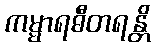
ကမ္မာရဓီတရန္တိ